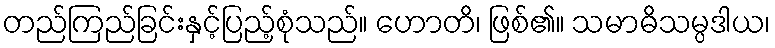
တည်ကြည်ခြင်းနှင့်ပြည့်စုံသည်။ ဟောတိ၊ ဖြစ်၏။ သမာဓိသမ္ပဒါယ၊